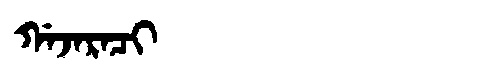
Manchu: ᡤᠠᠵᠠᡵᠠᠴᡳ
Romanization: GAJARACI